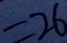
= 2 6